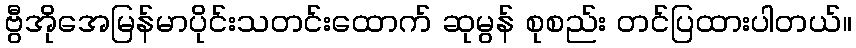
ဗွီအိုအေမြန်မာပိုင်းသတင်းထောက် ဆုမွန် စုစည်း တင်ပြထားပါတယ်။